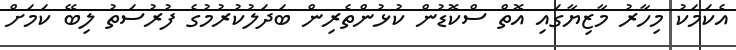
އެކަމަކު މިހާރު މާޒިޔާގައި އޮތް ސްކޮޑުން ކުޅުންތެރިން ބަދަލުކުރުމުގެ ފުރުސަތު ލިބޭ ކަމަށް